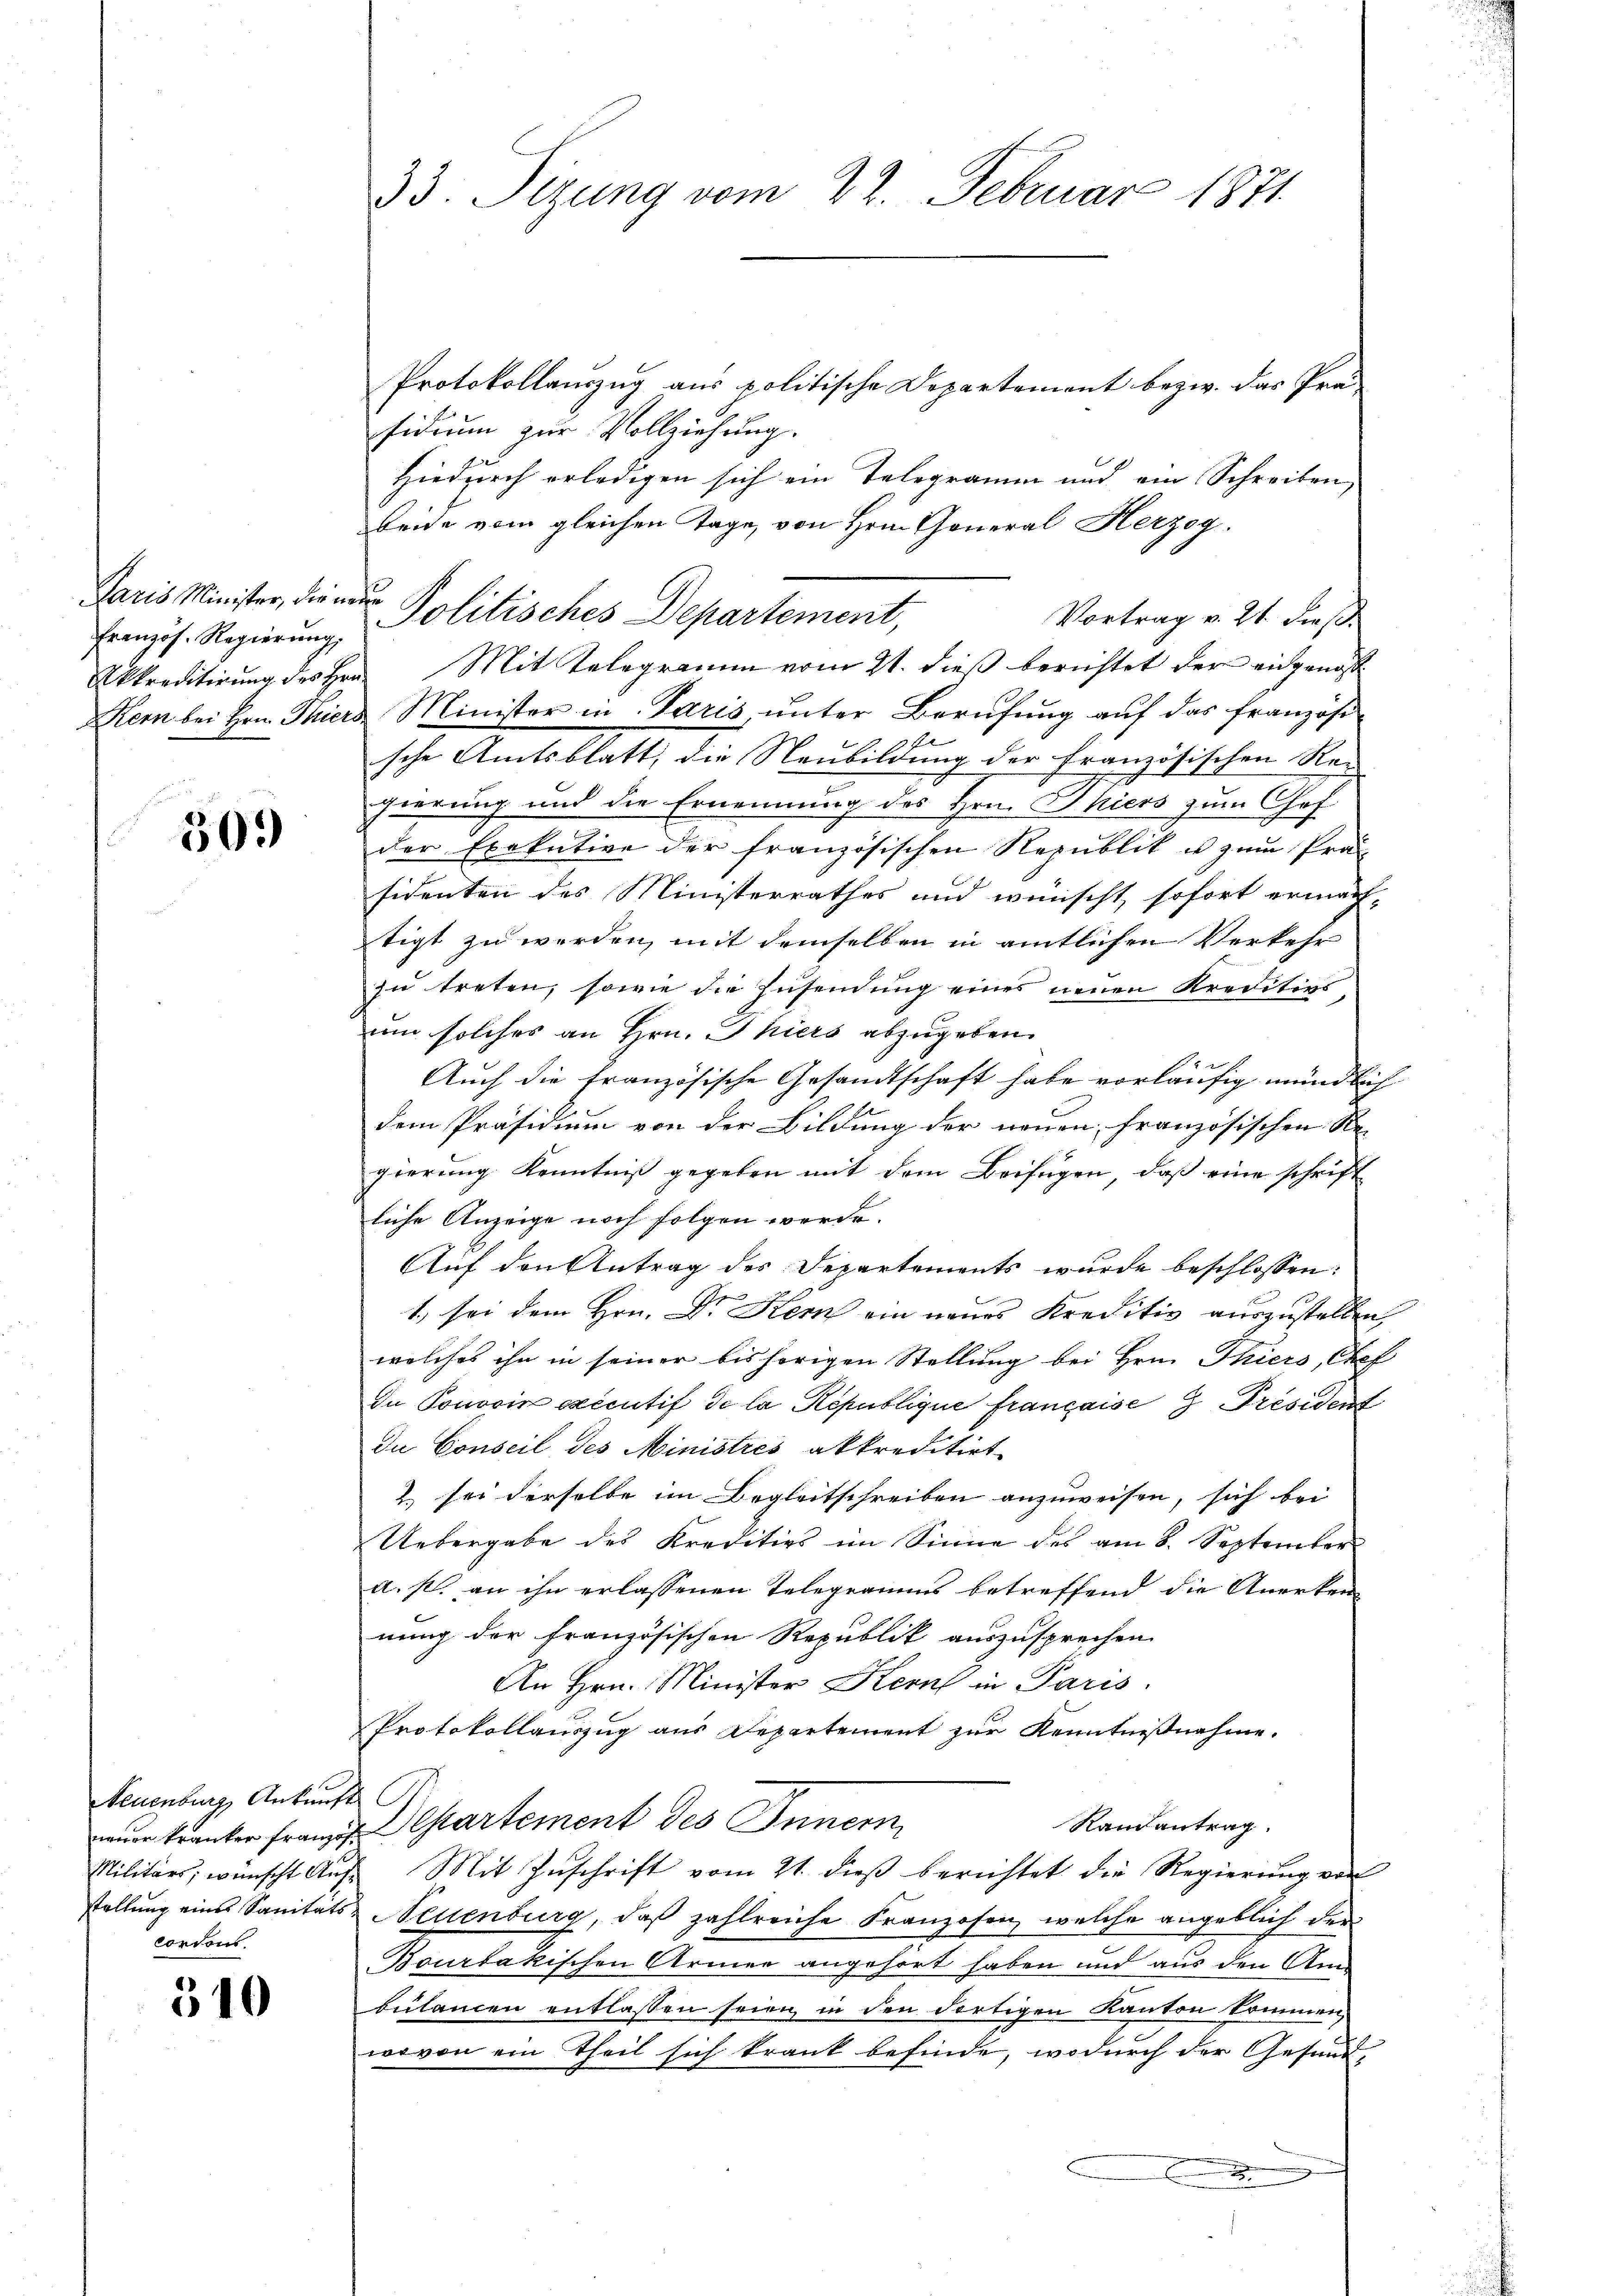
Französ. Regierung,
Akkreditirung des Hrn.

30.

Neuenburg Ankunft
neuer kranker französ.
Militärs, wünscht Aufstellung eines Sanitäts-
contons.

310

.

33. Sizung vom 22. Februar 1871.

Protokollauszug aus politische Departement bezw. das Präsidium zur Vollziehung.
Hiedurch erledigen sich ein Telegramm und ein Schreiben
beide vom gleichen Tage, von Hrn. Goneral Herzog.
Vortrag v. 21. dieß.
Kern bei Hrn. Thiers Minister in Paris, unter Berufung auf das französi
f
sche Amtsblatt, die Neubildung der französischen Re-
gierung und die Ernennung des Hrn. Thiers zum Chef
der Exekutive der französischen Republik u zum Präsidenten des Ministerrathes und wünscht, sofort ermäch-
tigt zu werden, mit demselben in amtlichen Verkehr
zu treten, sowie die Zusendung eines neuen Kreditivs
um solches an Hrn. Thiers abzugeben.
42 f.
Auch die französische Gesandtschaft habe vorläufig mündlich
dem Präsidium von der Bildung der neuen, französischen Re-
gierung Kenntniß gegeben mit dem Beifügen, daß eine schrift
liche Anzeige noch folgen werde.
Auf den Antrag des Departements wurde beschlossen:
1., sei dem Hrn. Dr. Stern ein neues Kreditiv auszustellen,
welches ihn in seiner bisherigen Stellung bei Hrn. Thiers, Chef
Du Ponovir executif de la République française 3 Président
du Conseil des Ministrés akkreditirt
2) sei derselbe im Begleitschreiben anzuweisen, sich bei
Uebergabe des Kreditivs im Sinne des am 8. September
a. p. an ihn erlassenen Telegramms betreffend die Anerken
nung der französischen Republik auszusprechen
An Hrn. Minister Kern in Paris.
Protokollauszug aus Departement zur Kenntnißnahme.
Departement des Innern
Randantrag.
Mit Zuschrift vom 21. dieß berichtet die Regierung von
Neuenburg, daß zahlreiche Franzosen, welche angeblich der
Bourtakischen Armen angehört haben und aus den Ambülancen entlassen seien, in den dortigen Kanton kommen,
wovon ein Theil sich krank befinde, wodurch der Gesund,

Paris Minister, die neue Politisches Departement,
Mit Telegramm vom 21. dieß berichtet der eidgenoss